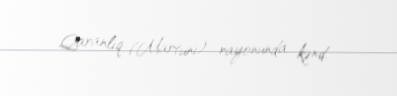
Qaranlıq (Martuni) rayonunda kənd.